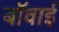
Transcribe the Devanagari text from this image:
बॉवाई